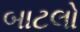
બાટલો